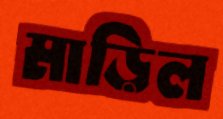
মাড়িল